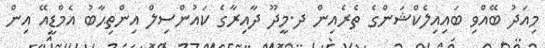
މިއަދު ބޭއްވި ބައިއިލެކްޝަންގެ ތެރެއިން ދ.މީދޫ ދާއިރާގެ ކައުންސިލް އިންތިޙާބު އެމްޑީއޭ އިން